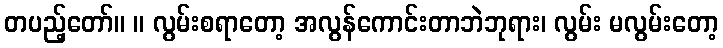
တပည့်တော်။ ။ လွမ်းစရာတော့ အလွန်ကောင်းတာဘဲဘုရား၊ လွမ်း မလွမ်းတော့